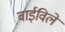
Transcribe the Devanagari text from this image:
वाईविले